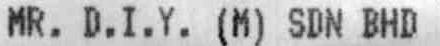
MR. D.I.Y. (M) SDN BHD